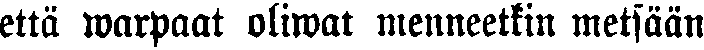
että warpaat oliwat menneetkin metsään